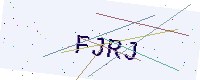
Text: FJRJ